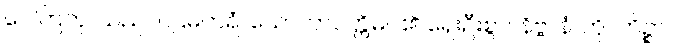
ဂေါတြဘု၊ သည်။ ပဌမတရံ၊ သောတာပတ္တိမဂ်၏ ရှေးဦးစွာ။ နိဗ္ဗာနံ၊ ကို။ ကိဉ္စာပိ